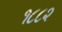
૧૮૮૨